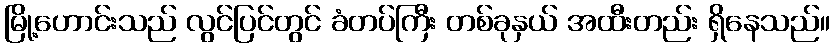
မြို့ဟောင်းသည် လွင်ပြင်တွင် ခံတပ်ကြီး တစ်ခုနှယ် အထီးတည်း ရှိနေသည်။